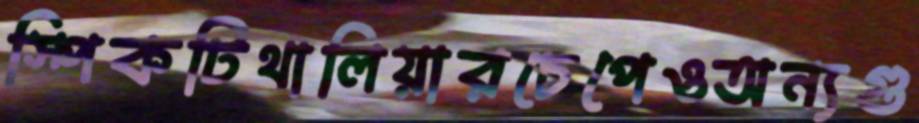
স্পিকটিথালিয়ারচেপেওঅন্যগু